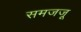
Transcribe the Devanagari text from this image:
समजजू